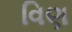
વિણ